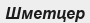
Шметцер